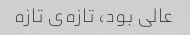
عالی بود، تازه‌ی تازه